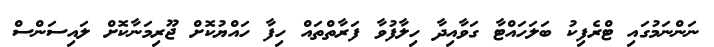
ނަންނަމުގައި ޓްރެފިކު ބަލަހައްޓާ ގަވާއިދާ ހިލާފުވާ ފަރާތްތައް ހިފާ ހައްޔުކޮށް ޖޫރިމަނާކޮށް ލައިސަންސް